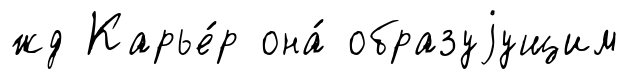
жд Карье́р она́ образуjущим